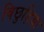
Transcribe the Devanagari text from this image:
बिछुड़िया